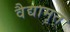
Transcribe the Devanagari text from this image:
वैद्यामृत